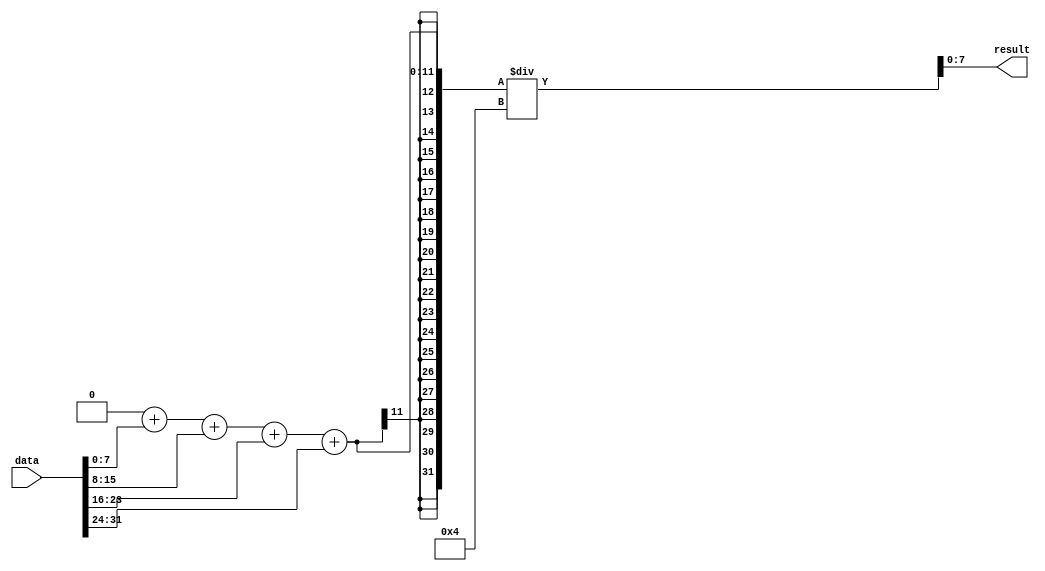
// This program was cloned from: https://github.com/QShen3/CNN-FPGA
// License: MIT License

`timescale 1ns / 1ps
//////////////////////////////////////////////////////////////////////////////////
// Company: 
// Engineer: 
// 
// Design Name: 
// Module Name: Avg
// Project Name: 
// Target Devices: 
// Tool Versions: 
// Description: 
// 
// Dependencies: 
// 
// Revision:
// Revision 0.01 - File Created
// Additional Comments:
// 
//////////////////////////////////////////////////////////////////////////////////


module Avg#(
    parameter BITWIDTH = 8,
    parameter LENGTH = 4
    )
    (
    input [BITWIDTH * LENGTH - 1 : 0] data,
    output reg signed [BITWIDTH - 1 : 0] result
    );
    
    wire signed [BITWIDTH - 1:0] dataArray[0:LENGTH - 1];
    genvar i;
    generate      
        for(i = 0; i < LENGTH; i = i + 1) begin
            assign dataArray[i] = data[i * BITWIDTH + BITWIDTH - 1: i * BITWIDTH];
        end
    endgenerate
    
    integer j, sum;
    always @(*) begin
        sum = 0;
        for(j = 0; j < LENGTH; j = j + 1) begin
            sum = sum + dataArray[j];
        end
        result = sum / LENGTH;
    end
    
endmodule